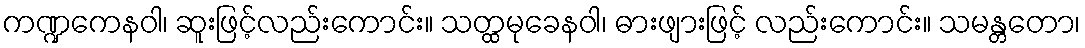
ကဏ္ဍကေနဝါ၊ ဆူးဖြင့်လည်းကောင်း။ သတ္ထမုခေနဝါ၊ ဓားဖျားဖြင့် လည်းကောင်း။ သမန္တတော၊